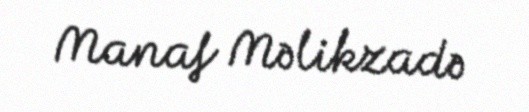
Manaf Məlikzadə